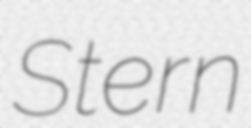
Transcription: Stern